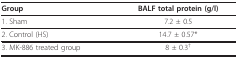
<table><thead><tr><td><b>Group</b></td><td><b>BALF total protein (g/l)</b></td></tr></thead><tbody><tr><td>1. Sham</td><td>7.2 ± 0.5</td></tr><tr><td>2. Control (HS)</td><td>14.7 ± 0.57*</td></tr><tr><td>3. MK-886 treated group</td><td>8 ± 0.3<sup>†</sup></td></tr></tbody></table>